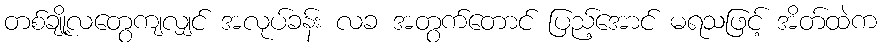
တစ်ချို့လတွေကျလျှင် အလုပ်ခန်း လခ အတွက်တောင် ပြည့်အောင် မရသဖြင့် အိတ်ထဲက